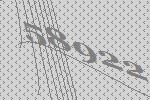
58922